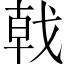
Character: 戟